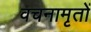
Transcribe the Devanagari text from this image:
वचनामृतों